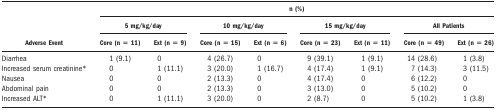
<table><thead><tr><td></td><td colspan="8"><b>n (%)</b></td></tr><tr><td></td><td colspan="2"><b>5 mg/kg/day</b></td><td colspan="2"><b>10 mg/kg/day</b></td><td colspan="2"><b>15 mg/kg/day</b></td><td colspan="2"><b>All Patients</b></td></tr><tr><td><b>Adverse Event</b></td><td><b>Core (n = 11)</b></td><td><b>Ext (n = 9)</b></td><td><b>Core (n = 15)</b></td><td><b>Ext (n = 6)</b></td><td><b>Core (n = 23)</b></td><td><b>Ext (n = 11)</b></td><td><b>Core (n = 49)</b></td><td><b>Ext (n = 26)</b></td></tr></thead><tbody><tr><td>Diarrhea</td><td>1 (9.1)</td><td>0</td><td>4 (26.7)</td><td>0</td><td>9 (39.1)</td><td>1 (9.1)</td><td>14 (28.6)</td><td>1 (3.8)</td></tr><tr><td>Increased serum creatinine*</td><td>0</td><td>1 (11.1)</td><td>3 (20.0)</td><td>1 (16.7)</td><td>4 (17.4)</td><td>1 (9.1)</td><td>7 (14.3)</td><td>3 (11.5)</td></tr><tr><td>Nausea</td><td>0</td><td>0</td><td>2 (13.3)</td><td>0</td><td>4 (17.4)</td><td>0</td><td>6 (12.2)</td><td>0</td></tr><tr><td>Abdominal pain</td><td>0</td><td>0</td><td>2 (13.3)</td><td>0</td><td>3 (13.0)</td><td>0</td><td>5 (10.2)</td><td>0</td></tr><tr><td>Increased ALT*</td><td>0</td><td>1 (11.1)</td><td>3 (20.0)</td><td>0</td><td>2 (8.7)</td><td>0</td><td>5 (10.2)</td><td>1 (3.8)</td></tr></tbody></table>